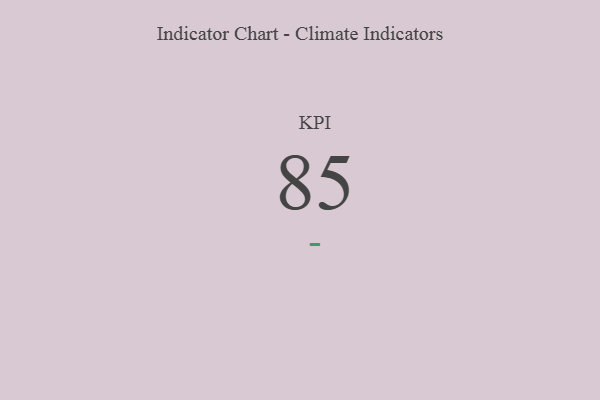
{"axis": {"x": "KPI", "y": "Value"}, "legend": [""], "data": [{"x": "KPI", "y": 85, "type": ""}]}